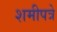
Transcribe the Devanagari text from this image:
शमीपत्रे